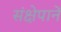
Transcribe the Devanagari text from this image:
संक्षेपानें